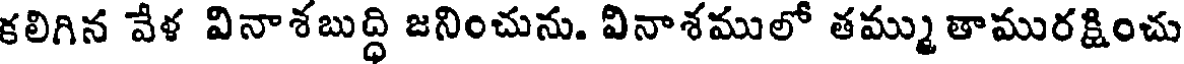
కలిగిన వేళ వినాశబుద్ధి జనించును. వినాశములో తమ్ముతామురక్షించు